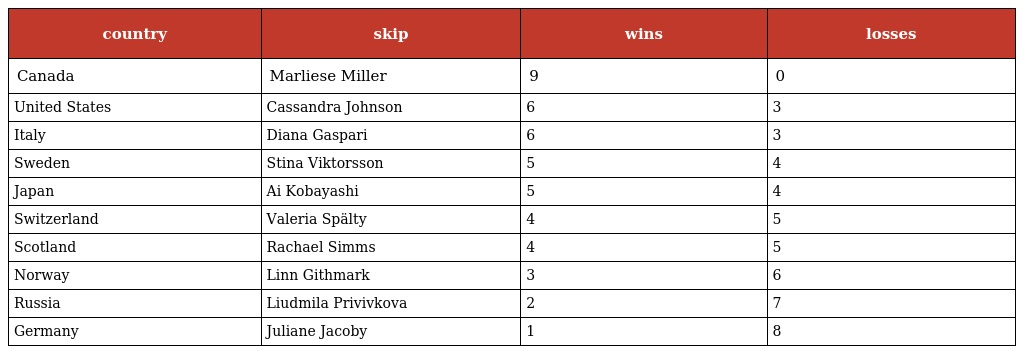
| country | skip | wins | losses |
 | --- | --- | --- | --- |
 | Canada | Marliese Miller | 9 | 0 |
 | United States | Cassandra Johnson | 6 | 3 |
 | Italy | Diana Gaspari | 6 | 3 |
 | Sweden | Stina Viktorsson | 5 | 4 |
 | Japan | Ai Kobayashi | 5 | 4 |
 | Switzerland | Valeria Spälty | 4 | 5 |
 | Scotland | Rachael Simms | 4 | 5 |
 | Norway | Linn Githmark | 3 | 6 |
 | Russia | Liudmila Privivkova | 2 | 7 |
 | Germany | Juliane Jacoby | 1 | 8 |